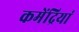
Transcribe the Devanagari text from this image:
कमेंद्रियां